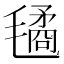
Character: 𣰇